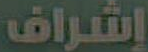
إشراف